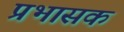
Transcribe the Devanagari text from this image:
प्रभासक